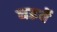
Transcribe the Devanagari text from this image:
घडवें